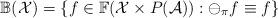
LaTeX: \begin{align*}\mathbb{B}(\mathcal{X})=\{f\in \mathbb{F}(\mathcal{X}\times P(\mathcal{A})): \ominus_{\pi} f \equiv f\}\end{align*}